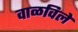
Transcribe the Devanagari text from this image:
वाळविले